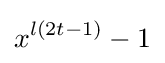
x^{l(2t-1)}-1